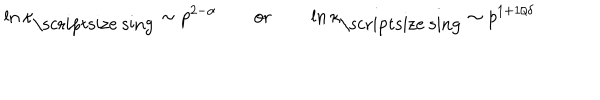
LaTeX: \ln \kappa _ { \mathrm { \scriptsize ~ s i n g } } \sim p ^ { 2 - \alpha } \qquad \mathrm { o r } \qquad \ln \kappa _ { \mathrm { \scriptsize ~ s i n g } } \sim p ^ { 1 + 1 / \delta }